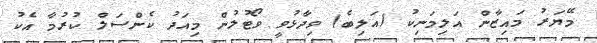
މޭޔަރު މައިޒާން އަލިމަނިކު (އަލިބެ) ވިދާޅުވީ ވޯޓުލުން މިއަދު ކެންސަލް ކުރުމާ އެކު